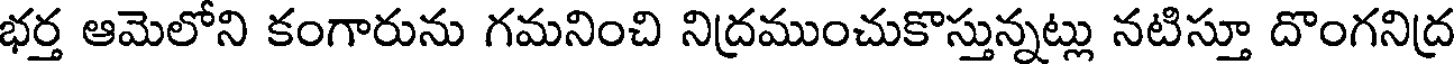
భర్త ఆమెలోని కంగారును గమనించి నిద్రముంచుకొస్తున్నట్లు నటిస్తూ దొంగనిద్ర